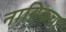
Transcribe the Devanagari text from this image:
नासिकचा